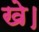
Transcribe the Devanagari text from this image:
खे।